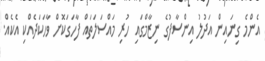
އެންމެ ގިނައިން އަދުލު އިންސާފުގެ ނިޒާމްގައި ހުރި މައްސަލަތައް ފާހަގަކޮށް ވާހަކަދެއްކި އެކެއް.